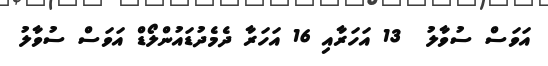
އަވަސް ސުވާލު  13 އަހަރާއި 16 އަހަރާ ދެމެދުޑައުންލޯޑް އަވަސް ސުވާލު